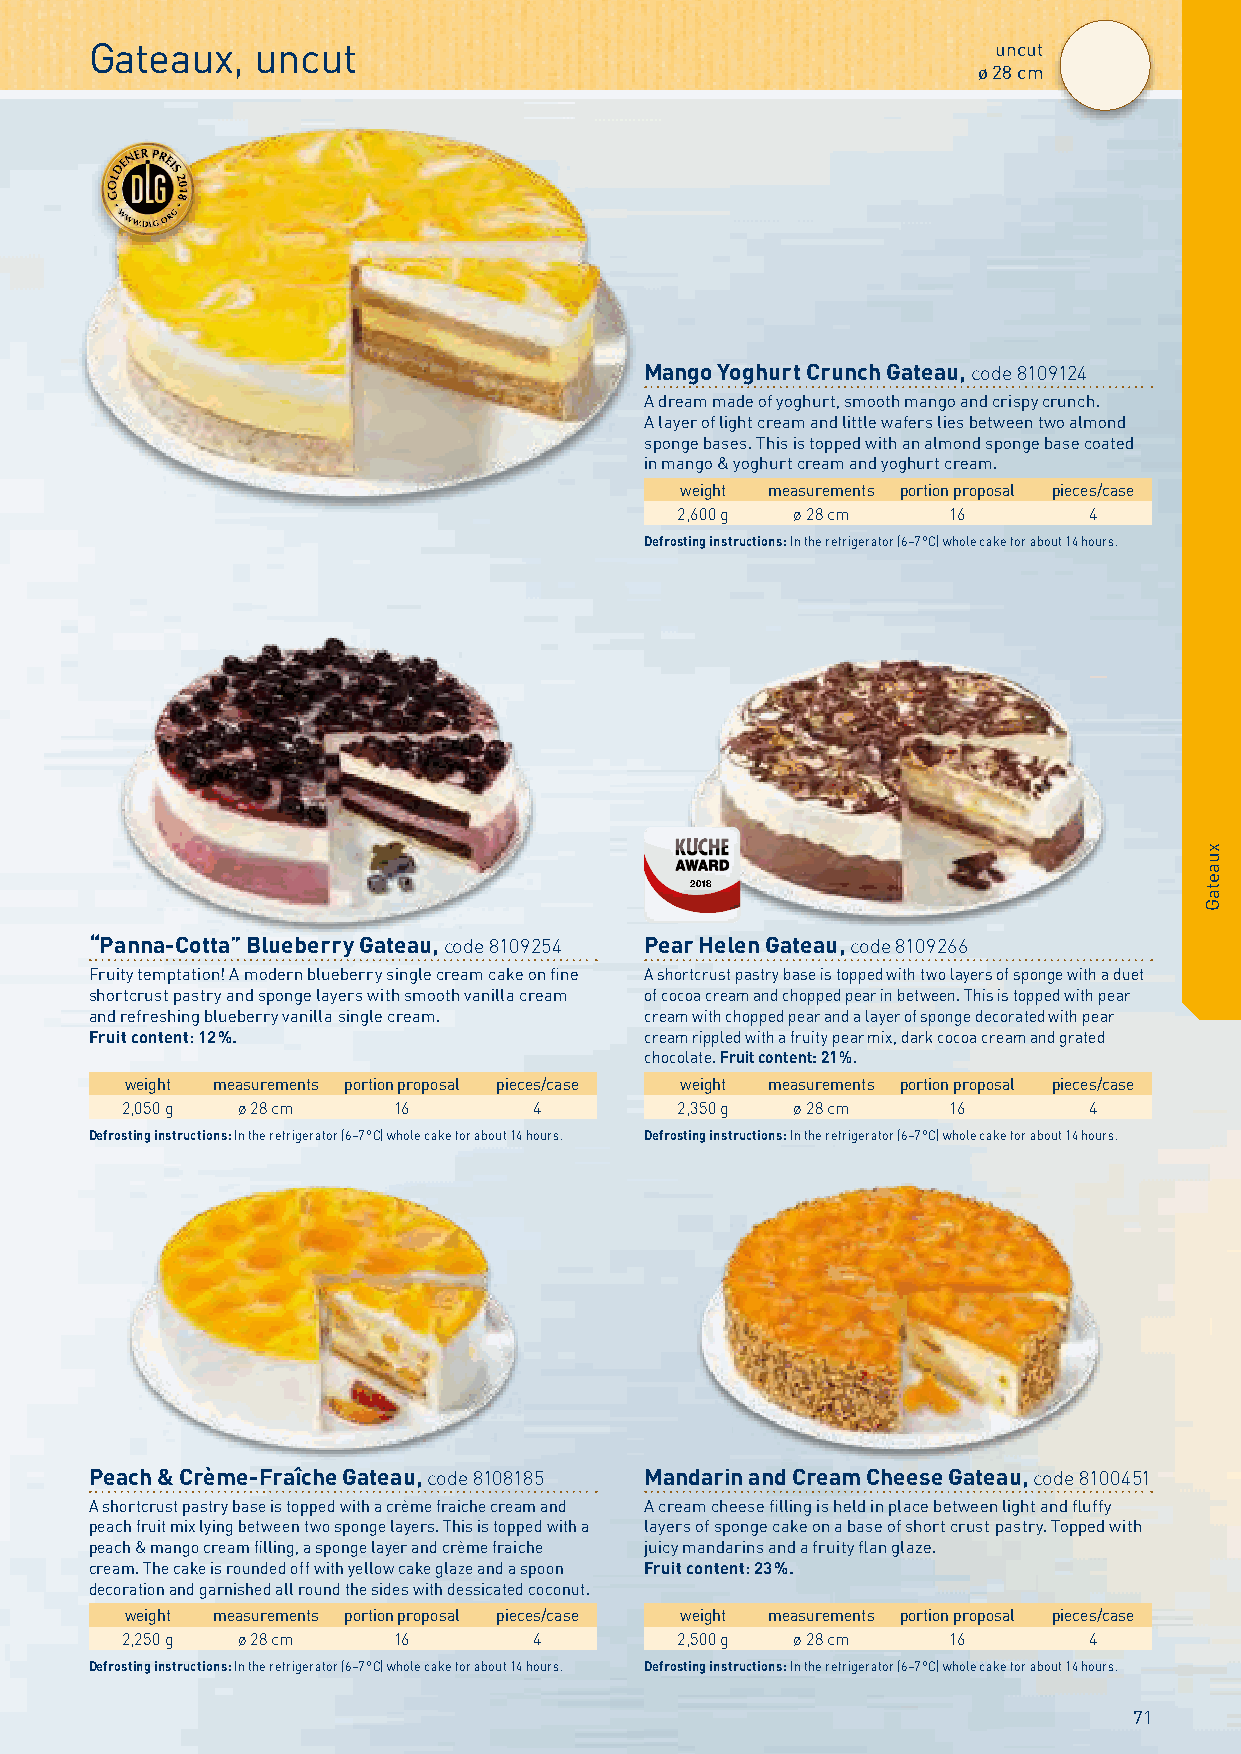
Gateaux,   uncut                                            uncut
 ø 28 cm
 Mango Yoghurt Crunch Gateau, code 8109124
 A dream made of yoghurt, smooth mango and crispy crunch.
 A layer of light cream and little wafers lies between two almond
 sponge bases. This is topped with an almond sponge base coated
 in mango & yoghurt cream and yoghurt cream.
 weight measurements portion proposal pieces/case
 2,600 g ø 28 cm   16       4
 Defrosting instructions: In the refrigerator (6–7 °C) whole cake for about 14 hours.
 2018
 “Panna-Cotta” Blueberry Gateau, code 8109254 Pear Helen Gateau, code 8109266
 Fruity temptation! A modern blueberry single cream cake on fine A shortcrust pastry base is topped with two layers of sponge with a duet
 shortcrust pastry and sponge layers with smooth vanilla cream of cocoa cream and chopped pear in between. This is topped with pear
 and refreshing blueberry vanilla single cream. cream with chopped pear and a layer of sponge decorated with pear
 Fruit content: 12 %.                 cream rippled with a fruity pear mix, dark cocoa cream and grated
 chocolate. Fruit content: 21 %.
 weight measurements portion proposal pieces/case weight measurements portion proposal pieces/case
 2,050 g ø 28 cm   16       4         2,350 g ø 28 cm   16       4
 Defrosting instructions: In the refrigerator (6–7 °C) whole cake for about 14 hours. Defrosting instructions: In the refrigerator (6–7 °C) whole cake for about 14 hours.
 Peach & Crème-Fraîche Gateau, code 8108185 Mandarin and Cream Cheese Gateau, code 8100451
 A shortcrust pastry base is topped with a crème fraiche cream and A cream cheese filling is held in place between light and fluffy
 peach fruit mix lying between two sponge layers. This is topped with a layers of sponge cake on a base of short crust pastry. Topped with
 peach & mango cream filling, a sponge layer and crème fraiche juicy mandarins and a fruity flan glaze.
 cream. The cake is rounded off with yellow cake glaze and a spoon Fruit content: 23 %.
 decoration and garnished all round the sides with dessicated coconut.
 weight measurements portion proposal pieces/case weight measurements portion proposal pieces/case
 2,250 g ø 28 cm   16       4         2,500 g ø 28 cm   16       4
 Defrosting instructions: In the refrigerator (6–7 °C) whole cake for about 14 hours. Defrosting instructions: In the refrigerator (6–7 °C) whole cake for about 14 hours.
 71
 xuaetaG